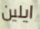
ايلين